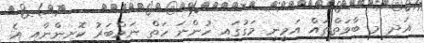
އަދި މި ބާވަތްތައް އަމީނީ މަގުގައި ހުންނަ ހަތް ނަމްބަރު ކޮށިންނާއި އެ